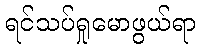
ရင်သပ်ရှုမောဖွယ်ရာ